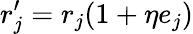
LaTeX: r_{j}^{\prime}=r_{j}(1+\eta e_{j})